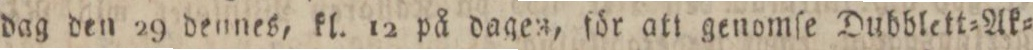
dag den 29 dennes, kl. 12 på dagen, för att genomſe Dubblett=Ak=